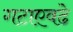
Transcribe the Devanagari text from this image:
गटाएवढे